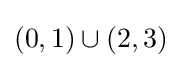
(0,1)\cup (2,3)